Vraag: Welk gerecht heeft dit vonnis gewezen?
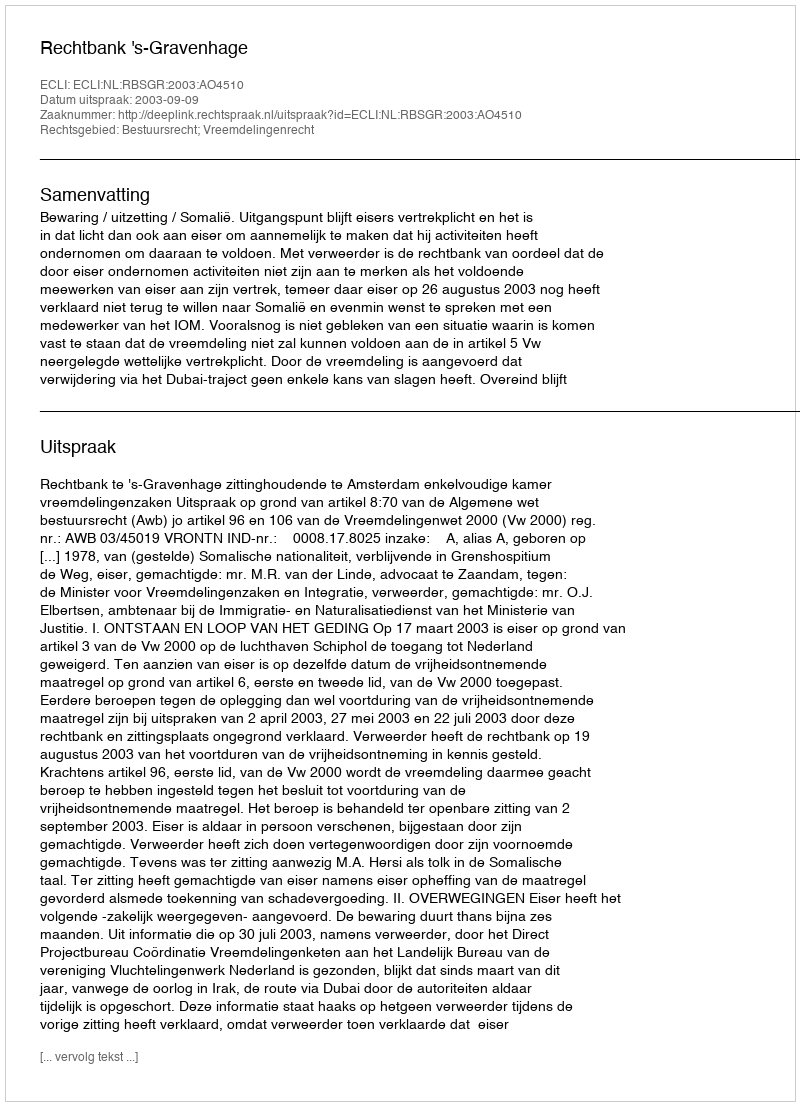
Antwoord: Rechtbank 's-Gravenhage